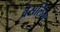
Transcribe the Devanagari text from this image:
व्रेसलिंग